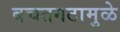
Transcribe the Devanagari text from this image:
बचतगटामुळे